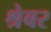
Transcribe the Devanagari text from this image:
श्रेबर